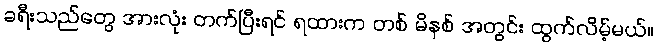
ခရီးသည်တွေ အားလုံး တက်ပြီးရင် ရထားက တစ် မိနစ် အတွင်း ထွက်လိမ့်မယ်။